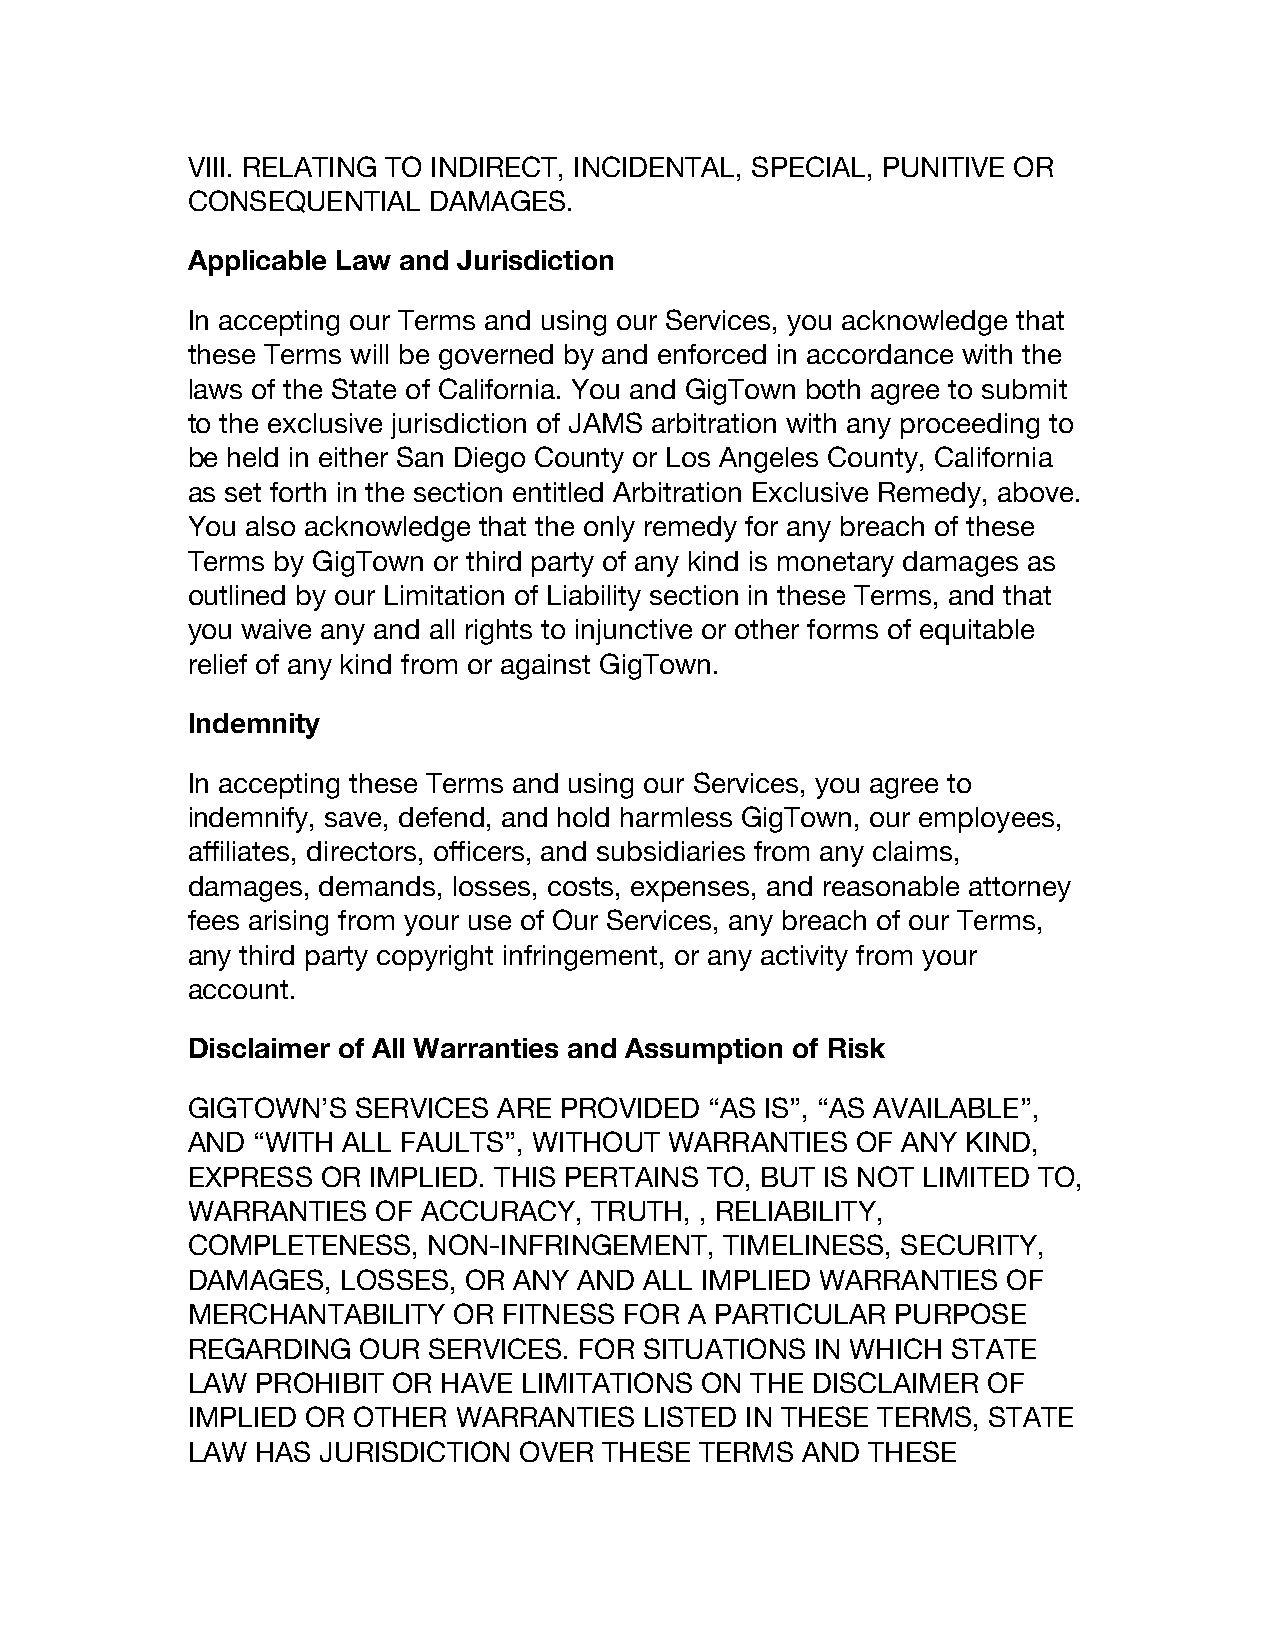
VIII. RELATING TO INDIRECT, INCIDENTAL, SPECIAL, PUNITIVE OR
 CONSEQUENTIAL   DAMAGES.
 Applicable Law and Jurisdiction
 In accepting our Terms and using our Services, you acknowledge that
 these Terms will be governed by and enforced in accordance with the
 laws of the State of California. You and GigTown both agree to submit
 to the exclusive jurisdiction of JAMS arbitration with any proceeding to
 be held in either San Diego County or Los Angeles County, California
 as set forth in the section entitled Arbitration Exclusive Remedy, above.
 You also acknowledge that the only remedy for any breach of these
 Terms by GigTown or third party of any kind is monetary damages as
 outlined by our Limitation of Liability section in these Terms, and that
 you waive any and all rights to injunctive or other forms of equitable
 relief of any kind from or against GigTown.
 Indemnity
 In accepting these Terms and using our Services, you agree to
 indemnify, save, defend, and hold harmless GigTown, our employees,
 affiliates, directors, officers, and subsidiaries from any claims,
 damages, demands, losses, costs, expenses, and reasonable attorney
 fees arising from your use of Our Services, any breach of our Terms,
 any third party copyright infringement, or any activity from your
 account.
 Disclaimer of All Warranties and Assumption of Risk
 GIGTOWN’S   SERVICES ARE PROVIDED  “AS IS”, “AS AVAILABLE”,
 AND  “WITH ALL FAULTS”, WITHOUT WARRANTIES   OF ANY KIND,
 EXPRESS  OR IMPLIED. THIS PERTAINS TO, BUT IS NOT LIMITED TO,
 WARRANTIES   OF ACCURACY,  TRUTH, , RELIABILITY,
 COMPLETENESS,   NON-INFRINGEMENT,   TIMELINESS, SECURITY,
 DAMAGES,   LOSSES, OR ANY AND  ALL IMPLIED WARRANTIES  OF
 MERCHANTABILITY   OR FITNESS FOR  A PARTICULAR PURPOSE
 REGARDING   OUR SERVICES. FOR  SITUATIONS IN WHICH STATE
 LAW  PROHIBIT OR HAVE  LIMITATIONS ON THE DISCLAIMER OF
 IMPLIED OR OTHER  WARRANTIES   LISTED IN THESE TERMS, STATE
 LAW  HAS JURISDICTION OVER  THESE TERMS  AND  THESE